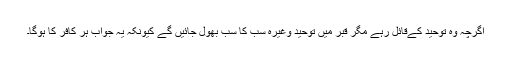
اگرچہ وہ توحید کےقائل رہے مگر قبر میں توحید وغیرہ سب کا سب بھول جائیں گے کیونکہ یہ جواب ہر کافر کا ہوگا۔